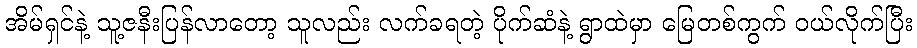
အိမ်ရှင်နဲ့ သူ့ဇနီးပြန်လာတော့ သူလည်း လက်ခရတဲ့ ပိုက်ဆံနဲ့ ရွာထဲမှာ မြေတစ်ကွက် ဝယ်လိုက်ပြီး